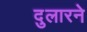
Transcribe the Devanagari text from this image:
दुलारने